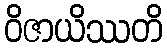
ဝိဇာယိဿတိ